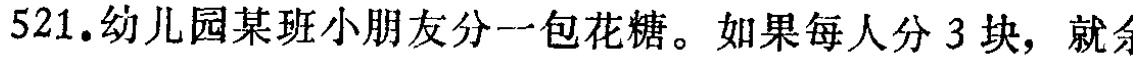
521.幼儿园某班小朋友分一包花糖。如果每人分 3 块，就余